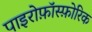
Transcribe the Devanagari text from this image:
पाइरोफ़ॉस्फ़ोरिक